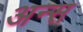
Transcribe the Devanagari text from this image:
अन्स